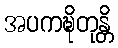
အပကဍ္ဎိတုန္တိ